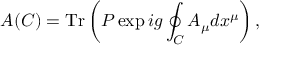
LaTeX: A ( C ) = \mathrm { T r } \left( P \exp i g \oint _ { C } A _ { \mu } d x ^ { \mu } \right) ,